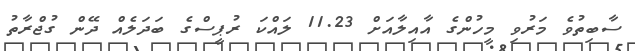
ސާބިތުވެ މަރުވި މީހުންގެ އާއިލާއަށް 11.23 ލައްކަ ރުޕީސްގެ ބަދަލެއް ދޭން ގުޖްރާތު